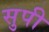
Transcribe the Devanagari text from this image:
सुपी